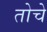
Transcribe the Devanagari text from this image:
तोचे